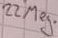
Text: 22 Meg.